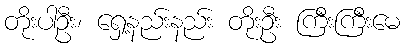
တိုးပါဦး၊ ရှေ့နည်းနည်း တိုးဦး ကြီးကြီးမေ